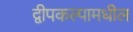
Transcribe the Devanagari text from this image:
द्वीपकल्पामधील